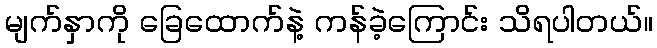
မျက်နှာကို ခြေထောက်နဲ့ ကန်ခဲ့ကြောင်း သိရပါတယ်။